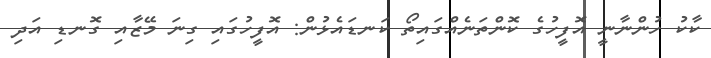
ކާކު ހުންނާނީ އޮފީހުގެ ކޮންތަނެއްގައިތޯ ކަނޑައެޅުން: އޮފީހުގައި ގިނަ މޭޒާއި ގޮނޑި އަދި